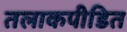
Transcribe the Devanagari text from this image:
तलाकपीडित